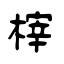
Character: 榟